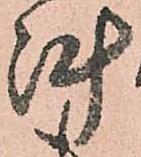
陣